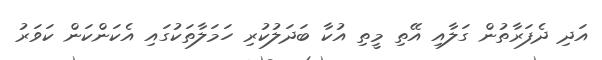
އަދި ދެފަރާތުން ގަލާއި އޭތި މީތި އުކާ ބަދަލުކުރި ހަމަލާތަކުގައި އެކަންކަން ކަވަރު